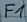
Text: F1